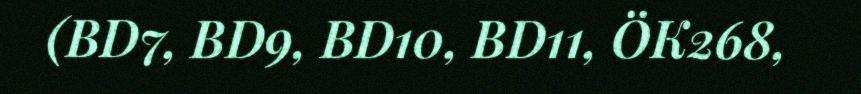
(BD7, BD9, BD10, BD11, ÖK268,